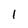
Character: I